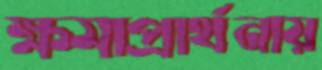
ক্ষমাপ্রার্থনায়